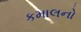
કમાલનો